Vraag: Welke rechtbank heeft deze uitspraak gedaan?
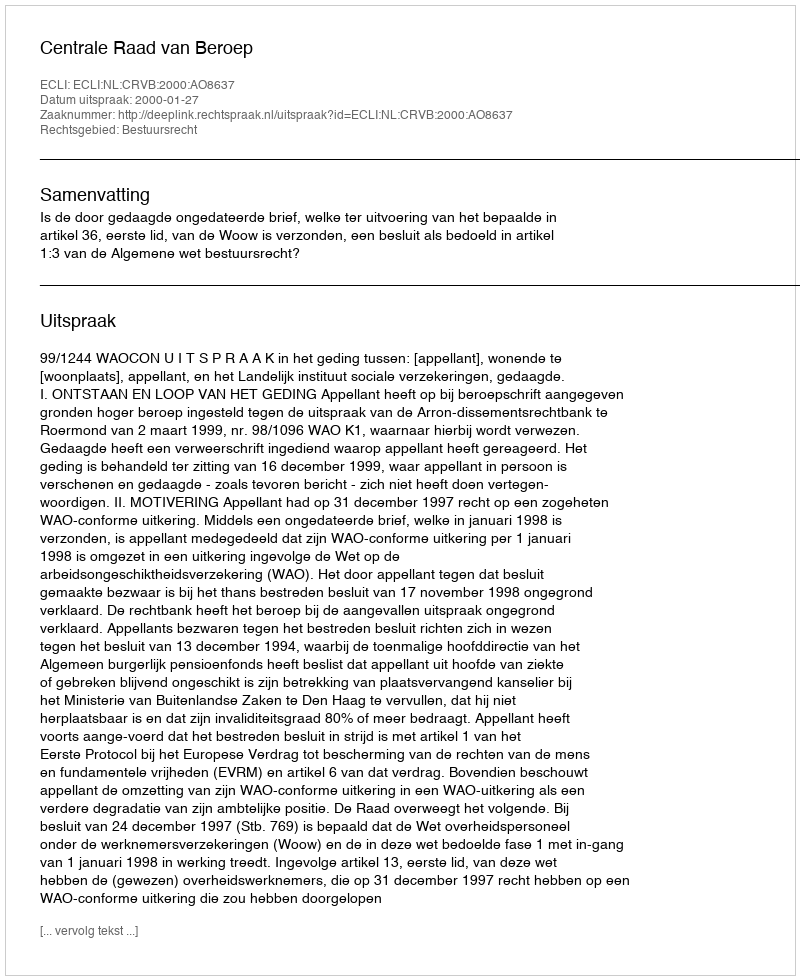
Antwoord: Centrale Raad van Beroep